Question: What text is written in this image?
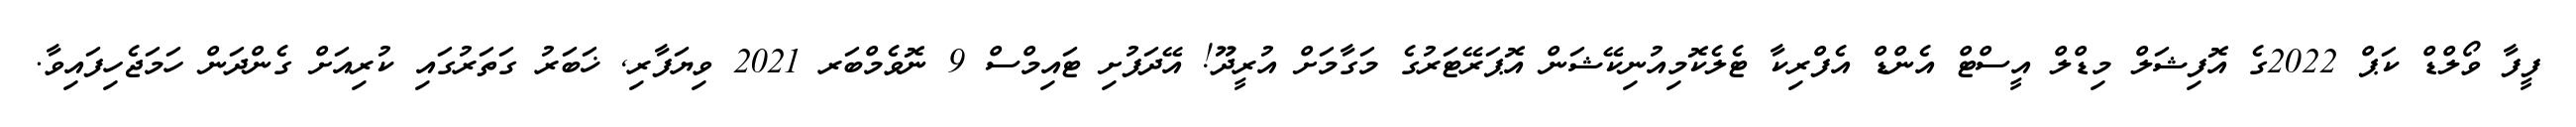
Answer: ފީފާ ވޯލްޑް ކަޕް 2022ގެ އޮފިޝަލް މިޑްލް އީސްޓް އެންޑް އެފްރިކާ ޓެލެކޮމިއުނިކޭޝަން އޮޕަރޭޓަރުގެ މަގާމަށް އުރީދޫ! އޭދަފުށި ޓައިމްސް 9 ނޮވެމްބަރ 2021 ވިޔަފާރި, ޚަބަރު ގަތަރުގައި ކުރިއަށް ގެންދަން ހަމަޖެހިފައިވާ.